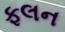
ફલન